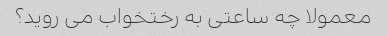
معمولا چه ساعتی به رختخواب می روید؟